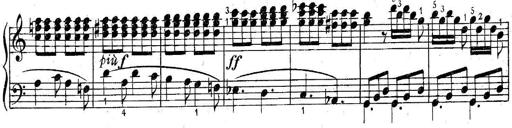
Title: 6 Easy Sonatinas
Composer: Carl Czerny